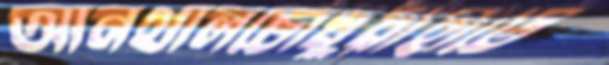
আনথালচৌধুরীহাটে